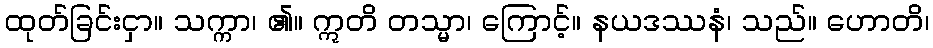
ထုတ်ခြင်းငှာ။ သက္ကာ၊ ၏။ ဣတိ တသ္မာ၊ ကြောင့်။ နယဒဿနံ၊ သည်။ ဟောတိ၊